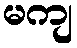
မကျ